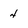
Character: 4